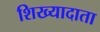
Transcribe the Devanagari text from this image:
शिख्यादाता